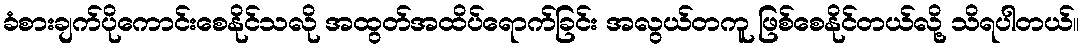
ခံစားချက်ပိုကောင်းစေနိုင်သလို အထွတ်အထိပ်ရောက်ခြင်း အလွယ်တကူ ဖြစ်စေနိုင်တယ်လို့ သိရပါတယ်။